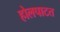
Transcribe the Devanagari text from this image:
होलपाटत